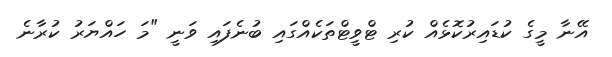
އޭނާ މީގެ ކުޑައިރުކޮޅެއް ކުރި ޓްވީޓްތަކެއްގައި ބުނެފައި ވަނީ "މަ ހައްޔަރު ކުރާނެ